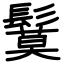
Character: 鬕